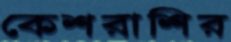
কেশরাশির